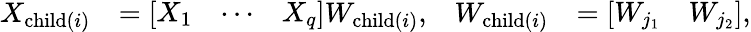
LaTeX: \begin{array}{rlrl}{X_{\operatorname{child}(i)}}&{=\left[\begin{array}{lll}{X_{1}}&{\cdots}&{X_{q}}\end{array}\right]W_{\operatorname{child}(i)},}&{W_{\operatorname{child}(i)}}&{=\left[\begin{array}{ll}{W_{j_{1}}}&{W_{j_{2}}}\end{array}\right],}\end{array}